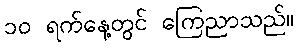
၁၀ ရက်နေ့တွင် ကြေညာသည်။